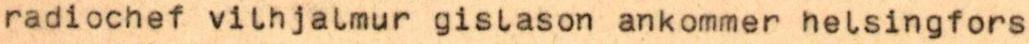
radiochef vilhjalmur gislason ankommer helsingfors